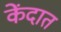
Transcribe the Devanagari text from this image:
केंदात